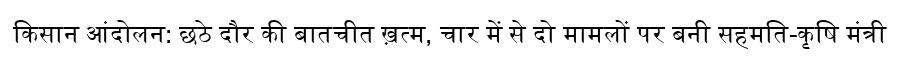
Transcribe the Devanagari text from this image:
किसान आंदोलन: छठे दौर की बातचीत ख़त्म, चार में से दो मामलों पर बनी सहमति-कृषि मंत्री